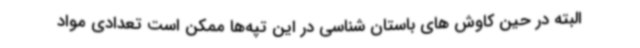
البته در حین کاوش های باستان شناسی در این تپه‌ها ممکن است تعدادی مواد